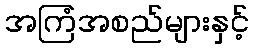
အကြံအစည်များနှင့်